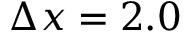
\Delta x = 2 . 0